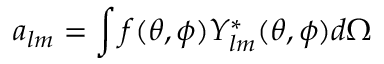
a _ { l m } = \int f ( \theta , \phi ) Y _ { l m } ^ { * } ( \theta , \phi ) d \Omega